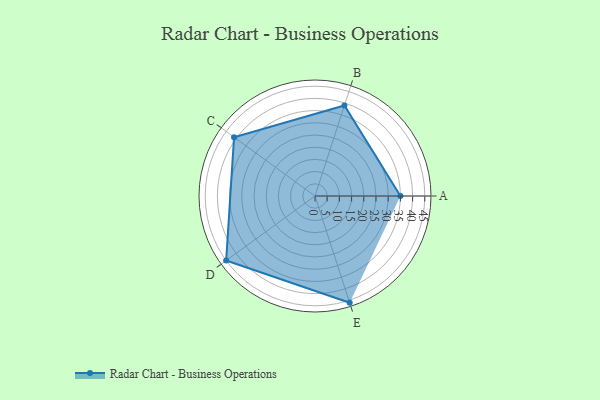
{"axis": {"x": "Skill", "y": "Score"}, "legend": ["Profile"], "data": [{"x": "A", "y": 35.0, "type": "Profile"}, {"x": "B", "y": 39.0, "type": "Profile"}, {"x": "C", "y": 41.0, "type": "Profile"}, {"x": "D", "y": 45.0, "type": "Profile"}, {"x": "E", "y": 46.0, "type": "Profile"}]}